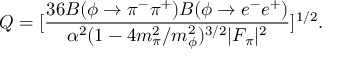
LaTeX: Q = [ \frac { 3 6 B ( \phi \rightarrow \pi ^ { - } \pi ^ { + } ) B ( \phi \rightarrow e ^ { - } e ^ { + } ) } { \alpha ^ { 2 } ( 1 - 4 m _ { \pi } ^ { 2 } / m _ { \phi } ^ { 2 } ) ^ { 3 / 2 } | F _ { \pi } | ^ { 2 } } ] ^ { 1 / 2 } .